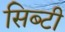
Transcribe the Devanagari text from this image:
सिब्‍टी